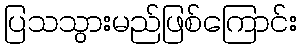
ပြသသွားမည်ဖြစ်ကြောင်း